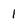
Character: 1